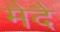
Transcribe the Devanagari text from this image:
मैदै